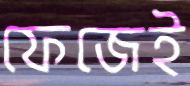
ফেজেই